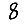
Digit: 8